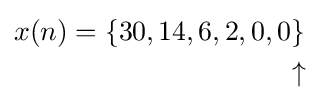
{\begin{aligned}x(n)&=\{30,14,6,2,0,0\}\\&\qquad \qquad \qquad \quad \ \ \,\uparrow \\\end{aligned}}